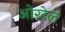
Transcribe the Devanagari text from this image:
ओरटेल